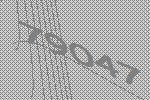
79047